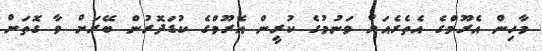
މާހިން އެރޫމްގެ އެތެރެއަށް ވަނުމުގެ ކުރީން އެރޫމްގެ ކުޑަދޮރުން ބޭރަށް ވާ ގޮތަށް